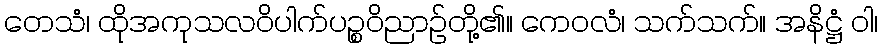
တေသံ၊ ထိုအကုသလဝိပါက်ပဉ္စဝိညာဉ်တို့၏။ ကေဝလံ၊ သက်သက်။ အနိဋ္ဌံ ဝါ၊